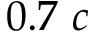
0 . 7 ~ c